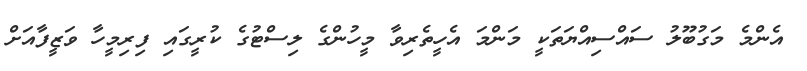
އެންމެ މަގުބޫލު ސައްސިއްޔަތަކީ މަންމަ އެހީތެރިވާ މީހުންގެ ލިސްޓުގެ ކުރީގައި ފިރިމީހާ ވަޒީފާއަށް